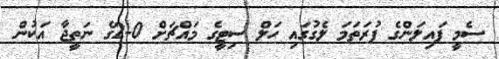
ސެމީ ފައިލަންގެ ފުރަތަމަ ލެގުގައި ހަލް ސިޓީގެ މައްޗަށް 0-2ގެ ނަތީޖާ އަކުން